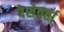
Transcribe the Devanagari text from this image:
पेशेवर्ता